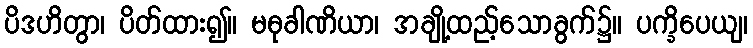
ပိဒဟိတွာ၊ ပိတ်ထား၍။ မဓုခါဏိယာ၊ အချို့ထည့်သောခွက်၌။ ပက္ခိပေယျ၊